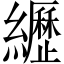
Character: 𦇔